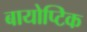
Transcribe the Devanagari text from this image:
बायोप्टिक